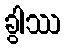
ခွါဿ